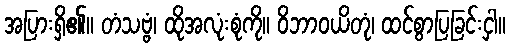
အပြားရှိ၏။ တံသဗ္ဗံ၊ ထိုအလုံးစုံကို။ ဝိဘာဝယိတုံ၊ ထင်စွာပြခြင်းငှါ။